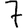
Digit: 7